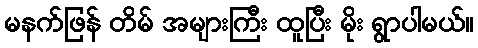
မနက်ဖြန် တိမ် အများကြီး ထူပြီး မိုး ရွာပါမယ်။